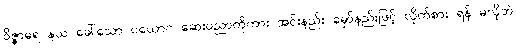
ဝိဇ္ဇာဓရ နယ ခေါ်သော ပယောဂ ဆေးပညာကိုကား အင်းနည်း မှော်နည်းဖြင့် လိုက်စား ရန် မလိုဘဲ